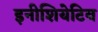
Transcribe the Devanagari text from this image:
इनीशियेटिव